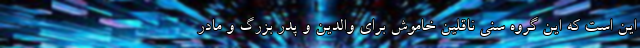
این است که این گروه سنی ناقلین خاموش برای والدین و پدر بزرگ و مادر